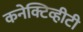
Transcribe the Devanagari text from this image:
कनेक्टिव्हीटी